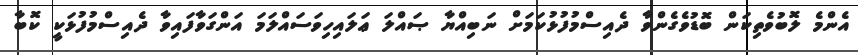
އެންމެ ލޮބުވެތިކަން ބޮޑުވެގެންވާ ދެއިސްމުފުޅުކަމަށް ނަބިއްޔާ ޞައްލަ ޢަލައިހިވަސައްލަމަ އަންގަވާފައިވާ ދެއިސްމުފުޅަކީ ކޮބާ